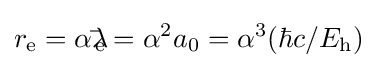
r_{\mathrm {e} }=\alpha \lambda \!\!\!{\bar {}}_{\mathrm {e} }=\alpha ^{2}a_{0}=\alpha ^{3}(\hbar c/E_{\text{h}})